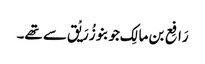
رَافِع بن مالِک جو بنو زُرَیْق سے تھے۔